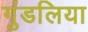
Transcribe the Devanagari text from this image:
गुंडलिया